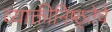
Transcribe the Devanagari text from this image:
व्याक्तीनिष्ठ्तेचे